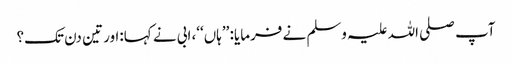
آپ صلی اللہ علیہ وسلم نے فرمایا: ’’ہاں‘‘، ابی نے کہا:اور تین دن تک؟